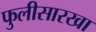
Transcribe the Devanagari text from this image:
फुलीसारखा